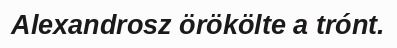
Alexandrosz örökölte a trónt.